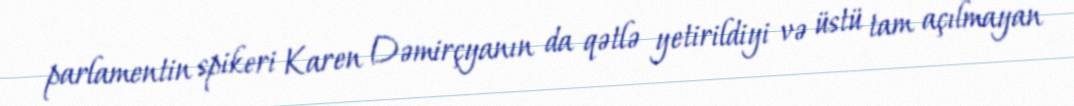
parlamentin spikeri Karen Dəmirçyanın da qətlə yetirildiyi və üstü tam açılmayan